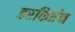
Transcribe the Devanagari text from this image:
हरकिर्तन